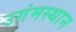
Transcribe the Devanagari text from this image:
उगंमस्थान